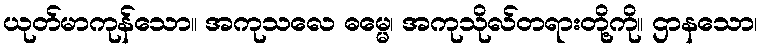
ယုတ်မာကုန်သော။ အကုသလေ ဓမ္မေ၊ အကုသိုလ်တရားတို့ကို။ ဌာနသော၊